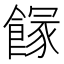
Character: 𩝬